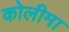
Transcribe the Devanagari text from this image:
कोलीमा